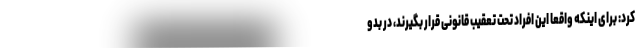
کرد: برای اینکه واقعا این افراد تحت تعقیب قانونی قرار بگیرند، در بدو